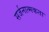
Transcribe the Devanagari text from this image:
सर्जनात्‍मकता